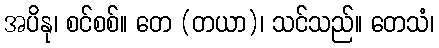
အပိနု၊ စင်စစ်။ တေ (တယာ)၊ သင်သည်။ တေသံ၊